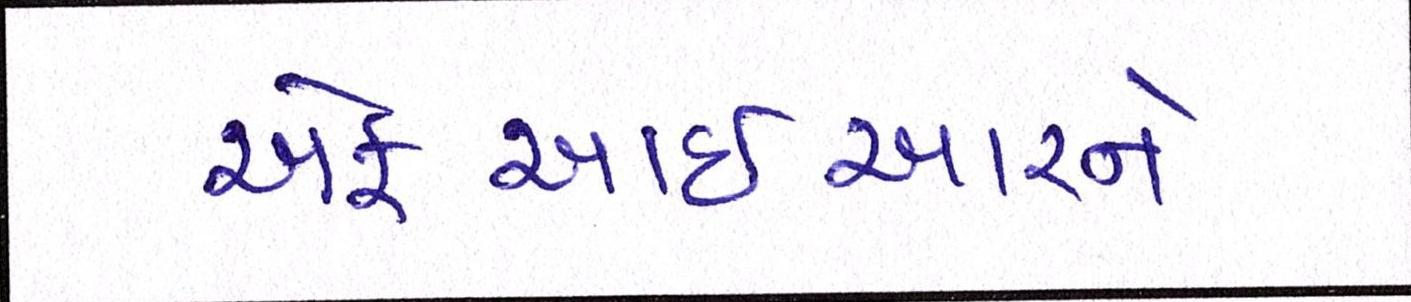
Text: એફઆઈઆરને